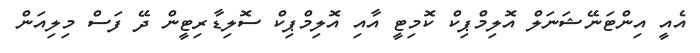
އެއީ އިންޓަނޭޝަނަލް އޮލިމްޕިކް ކޮމިޓީ އާއި އޮލިމްޕިކް ސޮލިޑާރިޓީން ދޭ ފަސް މިލިއަން